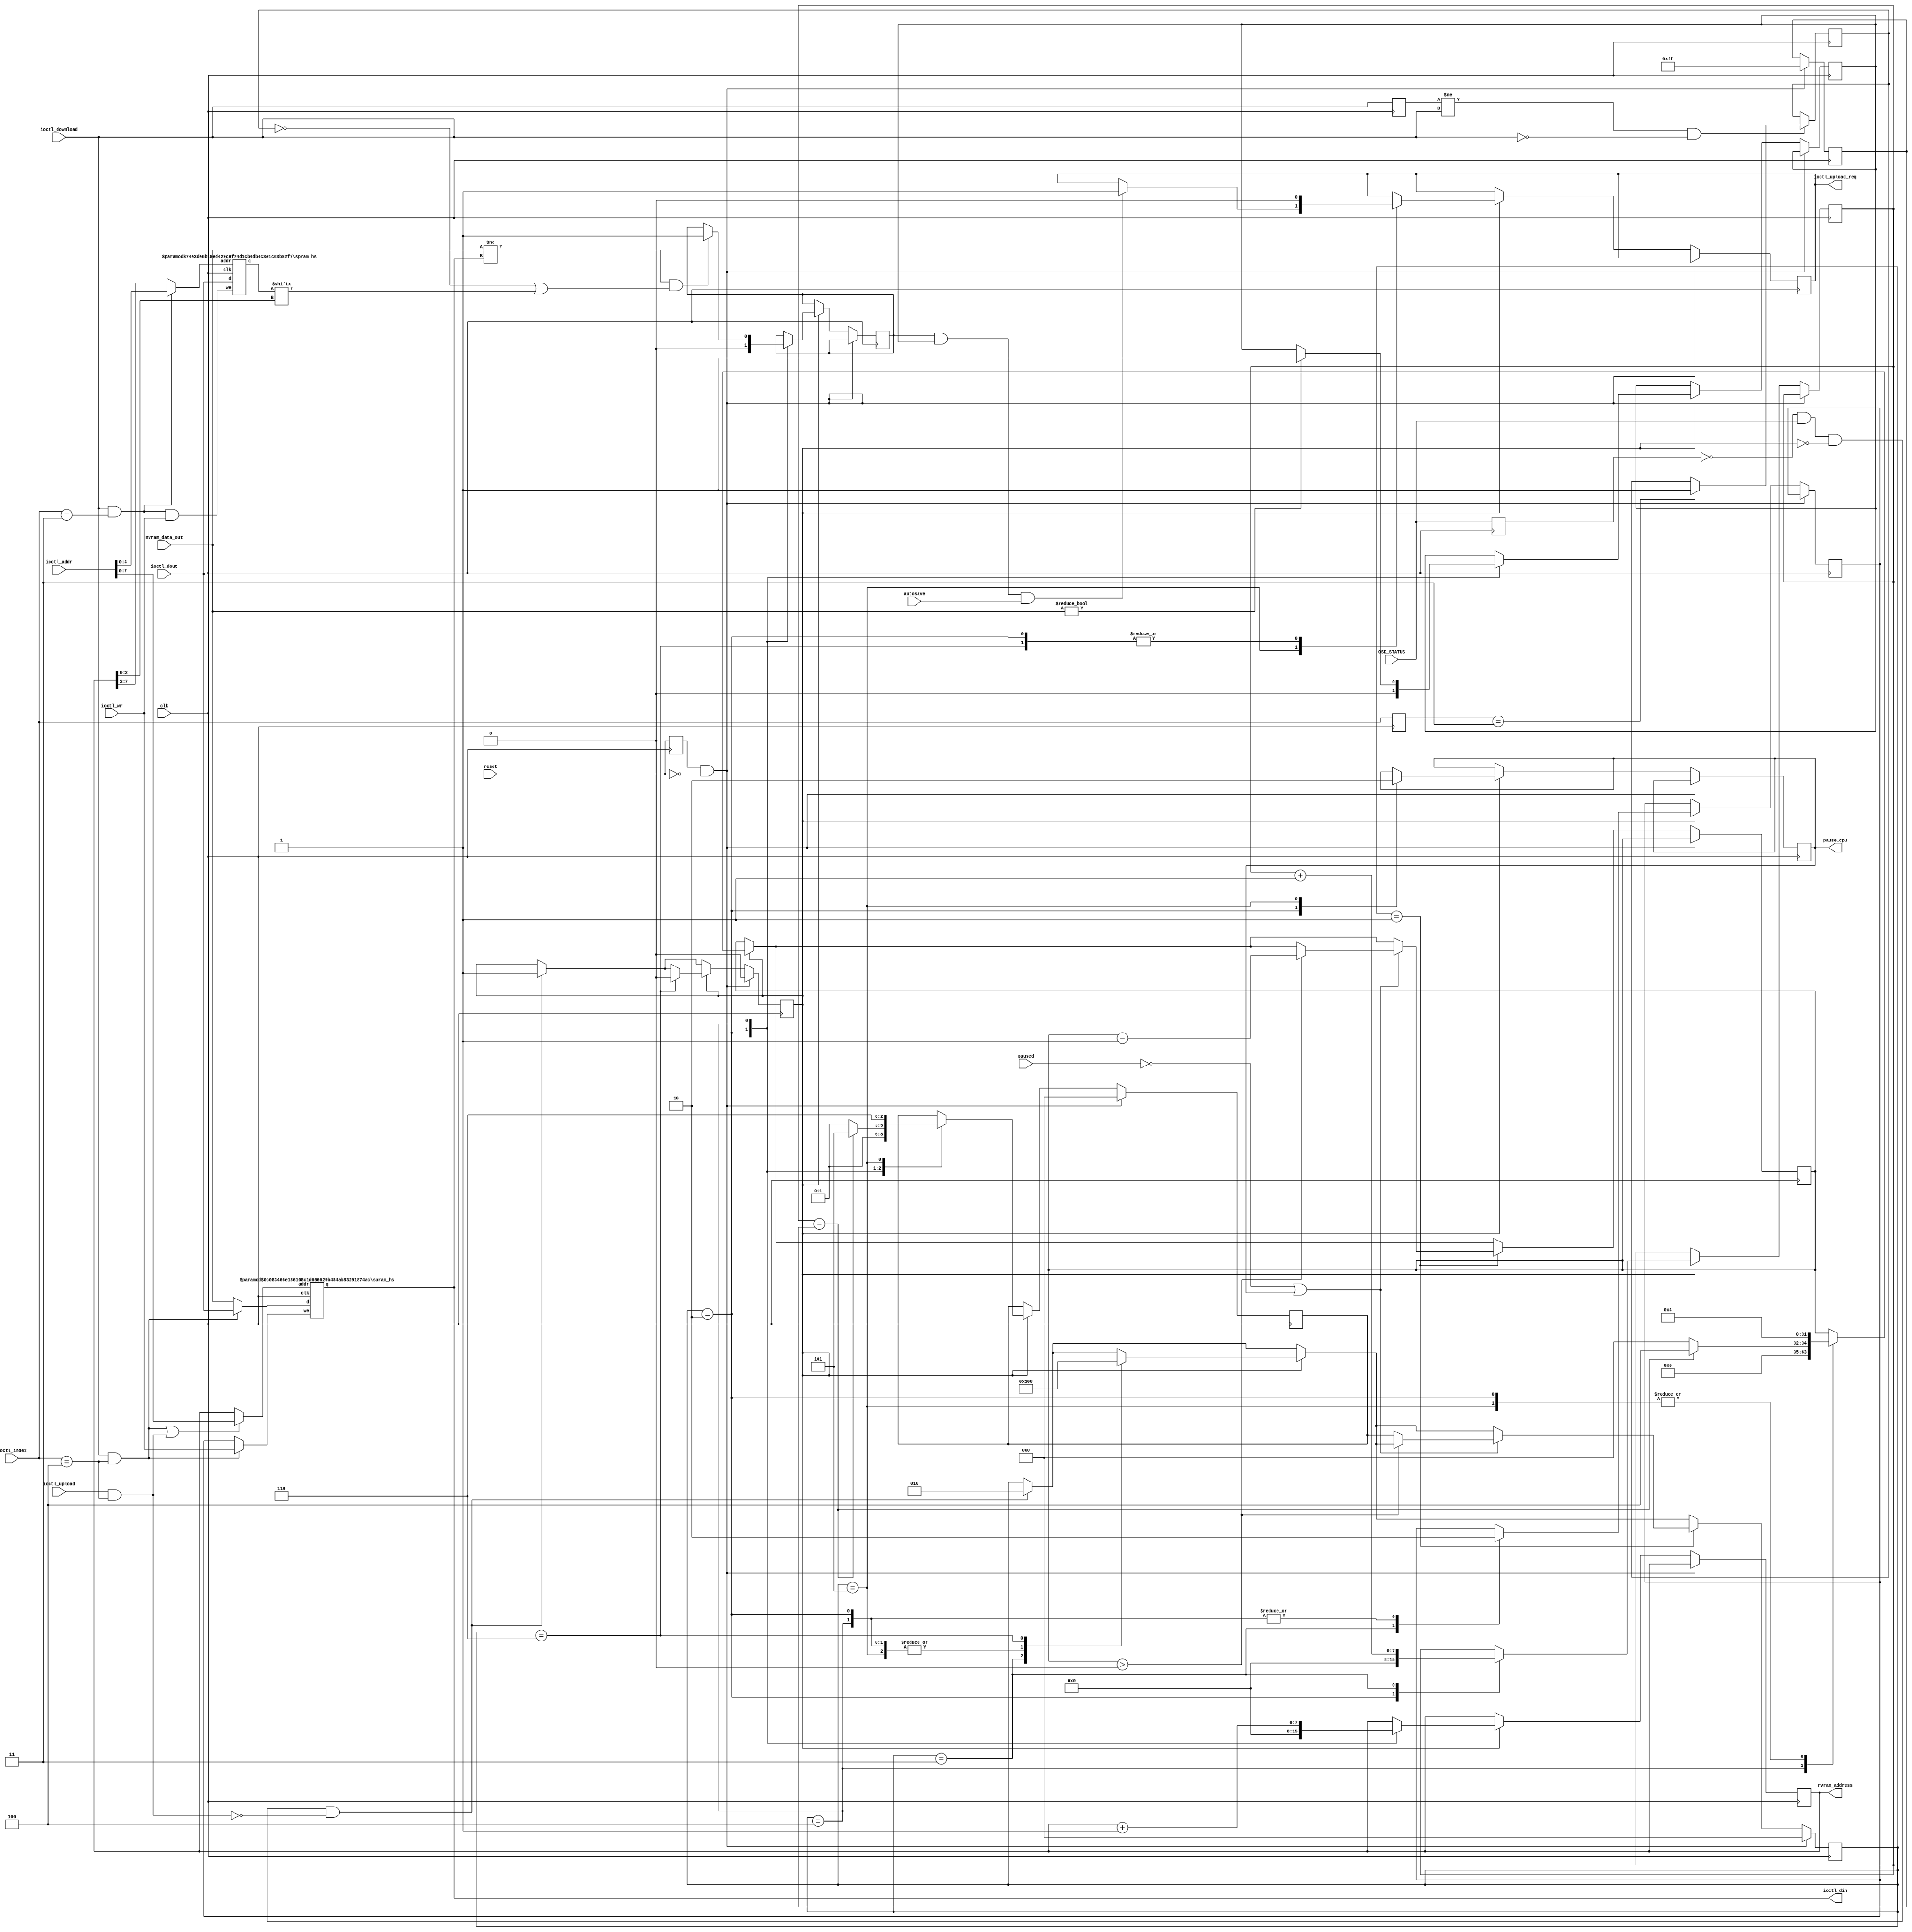
//============================================================================
//  NVRAM-style hiscore autosave support for MiSTer arcade cores.
//
//  https://github.com/JimmyStones/Hiscores_MiSTer
//
//  Copyright (c) 2021 Jim Gregory
//
//  This program is free software; you can redistribute it and/or modify it
//  under the terms of the GNU General Public License as published by the Free
//  Software Foundation; either version 3 of the License, or (at your option)
//  any later version.
//
//  This program is distributed in the hope that it will be useful, but WITHOUT
//  ANY WARRANTY; without even the implied warranty of MERCHANTABILITY or
//  FITNESS FOR A PARTICULAR PURPOSE.  See the GNU General Public License for
//  more details.
//
//  You should have received a copy of the GNU General Public License along
//  with this program; if not, write to the Free Software Foundation, Inc.,
//  51 Franklin Street, Fifth Floor, Boston, MA 02110-1301 USA.
//============================================================================
/*
 Version history:
 0001 - 2021-10-01 -	First marked release
 0002 - 2021-10-09 -	Add change mask support
 ===========================================================================
*/

module nvram
#(
	parameter DUMPWIDTH=8,								// Address size of NVRAM for highscore data (default 8 = 256 bytes max)
	parameter CONFIGINDEX=3,								// ioctl_index for config transfer
	parameter DUMPINDEX=4,								// ioctl_index for dump transfer
	parameter PAUSEPAD=4								// Cycles to wait with paused CPU before and after NVRAM access
)
(
	input										clk,
	input										paused,			// Signal from core confirming CPU is paused
	input										reset,
	input										autosave,		// Auto-save enabled (active high)

	input										ioctl_upload,
	output reg								ioctl_upload_req,
	input										ioctl_download,
	input										ioctl_wr,
	input		[24:0]						ioctl_addr,
	input		[7:0]							ioctl_index,
	output	[7:0]							ioctl_din,
	input		[7:0]							ioctl_dout,
	input										OSD_STATUS,

	output	[DUMPWIDTH-1:0]			nvram_address,
	input		[7:0]							nvram_data_out,

	output	reg							pause_cpu			// Pause core CPU to prepare for/relax after NVRAM access
);

// Hiscore data tracking
wire				downloading_config;				// Is hiscore config currently being loaded?
reg				downloaded_config = 1'b0;		// Has hiscore config been loaded?
wire				downloading_dump;					// Is hiscore data currently being loaded?
reg				downloaded_dump = 1'b0;			// Has hiscore data been loaded?
wire				uploading_dump;					// Is hiscore data currently being saved?
reg				extracting_dump = 1'b0;			// Is hiscore data currently extracted and checked for change?

assign downloading_config = ioctl_download && (ioctl_index==CONFIGINDEX);
assign downloading_dump = ioctl_download && (ioctl_index==DUMPINDEX);
assign uploading_dump = ioctl_upload && (ioctl_index==DUMPINDEX);

// State machine constants
localparam SM_STATEWIDTH	 = 3;				// Width of state machine net
localparam SM_IDLE	 = 0;
localparam SM_TIMER			 = 1;
localparam SM_EXTRACTINIT		 = 2;
localparam SM_EXTRACTREADY	 = 3;
localparam SM_EXTRACTNEXT	 = 4;
localparam SM_EXTRACTSAVE = 5;
localparam SM_EXTRACTCOMPLETE = 6;

// State machine control
reg	[(SM_STATEWIDTH-1):0]		state = SM_IDLE;			// Current state machine index
reg	[(SM_STATEWIDTH-1):0]		next_state = SM_IDLE;		// Next state machine index to move to after wait timer expires
reg	[31:0]							wait_timer;								// Wait timer for inital/read/write delays

// Last cycle signals
reg										last_reset = 1'b0;		// Last cycle reset
reg										last_OSD_STATUS;			// Last cycle OSD status
reg	[7:0]								last_ioctl_index;			// Last cycle HPS IO index
reg										last_ioctl_download = 0;// Last cycle HPS IO download

// Buffer RAM control signals
reg	[DUMPWIDTH-1:0]				buffer_addr;
reg	[DUMPWIDTH-1:0]				buffer_length;
wire  [7:0]								buffer_data_in;
reg										buffer_write = 1'b0;
assign nvram_address = buffer_addr;

// Change detection signals
reg	[DUMPWIDTH-1:0]				compare_length = 1'b0;
reg										compare_nonzero = 1'b1;	// High after extract and compare if any byte returned is non-zero
reg										compare_changed = 1'b1;	// High after extract and compare if any byte is different to current hiscore data
wire [7:0] 								check_mask_out /* synthesis keep */;
wire 										check_mask = check_mask_out[buffer_addr[2:0]] /* synthesis keep */;

// RAM used to store high score check mask
spram_hs #(.aWidth(DUMPWIDTH-3),.dWidth(8))
mask_ram (
	.clk(clk),
	.addr(downloading_config ? ioctl_addr[DUMPWIDTH-4:0] : buffer_addr[DUMPWIDTH-1:3]),
	.we(downloading_config && ioctl_wr),
	.d(ioctl_dout),
	.q(check_mask_out)
);

// RAM used to store high score data buffer
spram_hs #(.aWidth(DUMPWIDTH),.dWidth(8))
nvram_buffer (
	.clk(clk),
	.addr((downloading_dump || uploading_dump) ? ioctl_addr[DUMPWIDTH-1:0] : buffer_addr),
	.we(downloading_dump ? ioctl_wr : buffer_write),
	.d(downloading_dump ? ioctl_dout : nvram_data_out),
	.q(ioctl_din)
);

always @(posedge clk)
begin

	// Track completion of configuration and dump download
	if ((last_ioctl_download != ioctl_download) && (ioctl_download == 1'b0))
	begin
		if (last_ioctl_index==CONFIGINDEX) downloaded_config <= 1'b1;
		if (last_ioctl_index==DUMPINDEX) downloaded_dump <= 1'b1;
	end

	// Track last cycle values
	last_ioctl_download <= ioctl_download;
	last_ioctl_index <= ioctl_index;
	last_OSD_STATUS <= OSD_STATUS;
	last_reset <= reset;

	// Check for end of core reset to initialise hiscore system state
	if (last_reset == 1'b1 && reset == 1'b0)
	begin
		next_state <= SM_IDLE;
		state <= SM_IDLE;
		extracting_dump <= 1'b0;
		buffer_length <= (2**DUMPWIDTH) - 1'b1;
	end
	else
	begin

		// Trigger hiscore extraction when OSD is opened
		if(last_OSD_STATUS==1'b0 && OSD_STATUS==1'b1 && extracting_dump==1'b0 && uploading_dump==1'b0)
		begin
			extracting_dump <= 1'b1;
			state <= SM_EXTRACTINIT;
		end

		// Extract hiscore data from game RAM and save in hiscore data buffer
		if (extracting_dump == 1'b1)
		begin
			case (state)
				SM_EXTRACTINIT: // Initialise state machine for extraction
					begin
						// Setup addresses and comparison flags
						buffer_addr <= 1'b0;
						buffer_write <= 1'b0;
						compare_nonzero <= 1'b0;
						compare_changed <= 1'b0;
						compare_length <= 1'b0;
						// Pause cpu and wait for next state
						pause_cpu <= 1'b1;
						state <= SM_TIMER;
						next_state <= SM_EXTRACTREADY;
						wait_timer <= PAUSEPAD;
						ioctl_upload_req <= 1'b0;
					end
				SM_EXTRACTREADY:
					begin
						// Schedule write for next cycle when addresses are ready
						buffer_write <= 1'b1;
						compare_length <= compare_length + 1'b1;
						state <= SM_EXTRACTNEXT;
					end
				SM_EXTRACTNEXT:
					begin
						if ((nvram_data_out != ioctl_din) && (downloaded_config == 1'b0 || check_mask == 1'b1))  
						begin
							compare_changed <= 1'b1; // Hiscore data changed since last dump
						end
						
						if (nvram_data_out != 8'b0)
						begin
							compare_nonzero <= 1'b1; // Hiscore data is not blank
						end

						// Always stop writing to hiscore dump ram and increment local address
						buffer_write <= 1'b0;
						buffer_addr <= buffer_addr + 1'b1;

						if (compare_length == buffer_length)
						begin
							// Finish extract if last address is reached
							state <= SM_TIMER;
							next_state <= SM_EXTRACTSAVE;
							wait_timer <= PAUSEPAD;
						end
						else
						begin
							// Otherwise move to next byte
							state <= SM_TIMER;
							next_state <= SM_EXTRACTREADY;
							wait_timer <= 1'b0;
						end

					end
				SM_EXTRACTSAVE:
					begin

						// If high scores have changed and are not blank, then trigger autosave if enabled
						if (compare_changed == 1'b1 && compare_nonzero == 1'b1 && autosave == 1'b1)
						begin
							ioctl_upload_req <= 1'b1;
						end

						// Release pause and schedule end of extraction process
						pause_cpu <= 1'b0;
						state <= SM_TIMER;
						next_state <= SM_EXTRACTCOMPLETE;
						wait_timer <= 4'd4;
					end
				SM_EXTRACTCOMPLETE:
					begin
						// End extract, clear any upload request and move state machine to idle
						extracting_dump <= 1'b0;
						ioctl_upload_req <= 1'b0;
						state <= SM_IDLE;
					end
			endcase
		end
		
		if(state == SM_TIMER) // timer wait state
		begin
			// Do not progress timer if CPU is paused by source other than this module
			if (paused == 1'b0 || pause_cpu == 1'b1)
			begin
				if (wait_timer > 1'b0)
					wait_timer <= wait_timer - 1'b1;
				else
					state <= next_state;
			end
		end
	end
end

endmodule

// Simple single port RAM used by nvram module
module spram_hs #(
	parameter dWidth=8,
	parameter aWidth=8
)(
	input								clk,

	input			[aWidth-1:0]	addr,
	input			[dWidth-1:0]	d,
	input								we,
	output reg	[dWidth-1:0]	q
);

reg [dWidth-1:0] ram [2**aWidth-1:0];

always @(posedge clk) begin
	if (we) ram[addr] <= d;
	q <= ram[addr];
end

endmodule